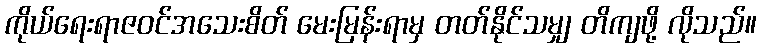
ကိုယ်ရေးရာဇဝင်အသေးစိတ် မေးမြန်းရာမှ တတ်နိုင်သမျှ တိကျဖို့ လိုသည်။